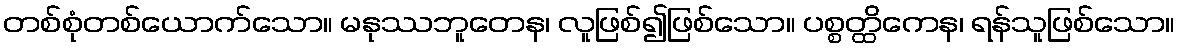
တစ်စုံတစ်ယောက်သော။ မနုဿဘူတေန၊ လူဖြစ်၍ဖြစ်သော။ ပစ္စတ္ထိကေန၊ ရန်သူဖြစ်သော။